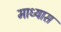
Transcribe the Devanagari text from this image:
माध्यास